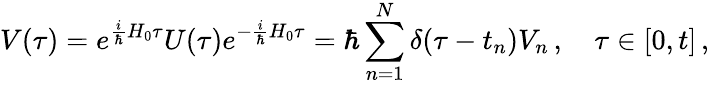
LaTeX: V(\tau)=e^{\frac{i}{\hbar}H_{0}\tau}U(\tau)e^{-\frac{i}{\hbar}H_{0}\tau}=\hbar\sum_{n=1}^{N}\delta(\tau-t_{n})V_{n}\, ,\quad\tau\in[0,t]\, ,